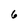
Character: 6